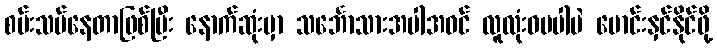
စမ်းသပ်နေတာဖြစ်ပြီး နောက်ဆုံးမှာ သင်္ဘောသားအပါအဝင် လူလုံးဝမပါပဲ မောင်းနှင်နိုင်ဖို့